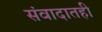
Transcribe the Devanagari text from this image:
संवादातही